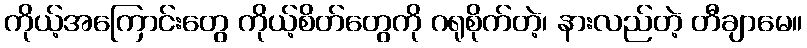
ကိုယ့်အကြောင်းတွေ ကိုယ့်စိတ်တွေကို ဂရုစိုက်တဲ့၊ နားလည်တဲ့ တီချာမေ။